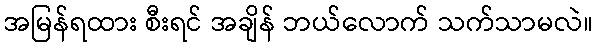
အမြန်ရထား စီးရင် အချိန် ဘယ်လောက် သက်သာမလဲ။